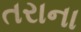
તરાના